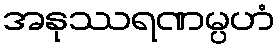
အနုဿရဏမ္ပဟံ